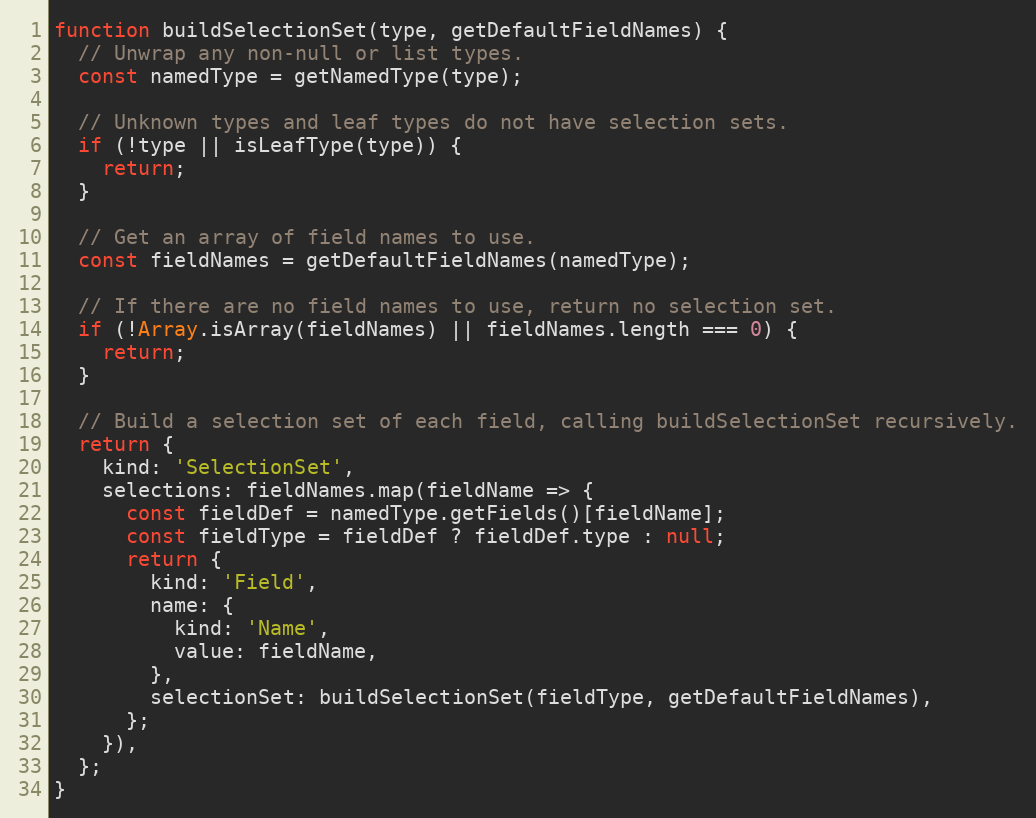
Language: JavaScript
function buildSelectionSet(type, getDefaultFieldNames) {
  // Unwrap any non-null or list types.
  const namedType = getNamedType(type);

  // Unknown types and leaf types do not have selection sets.
  if (!type || isLeafType(type)) {
    return;
  }

  // Get an array of field names to use.
  const fieldNames = getDefaultFieldNames(namedType);

  // If there are no field names to use, return no selection set.
  if (!Array.isArray(fieldNames) || fieldNames.length === 0) {
    return;
  }

  // Build a selection set of each field, calling buildSelectionSet recursively.
  return {
    kind: 'SelectionSet',
    selections: fieldNames.map(fieldName => {
      const fieldDef = namedType.getFields()[fieldName];
      const fieldType = fieldDef ? fieldDef.type : null;
      return {
        kind: 'Field',
        name: {
          kind: 'Name',
          value: fieldName,
        },
        selectionSet: buildSelectionSet(fieldType, getDefaultFieldNames),
      };
    }),
  };
}